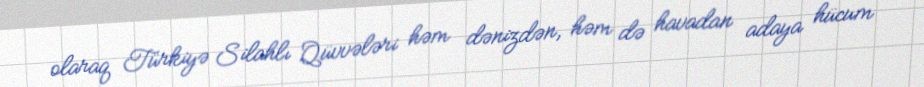
olaraq Türkiyə Silahlı Qüvvələri həm dənizdən, həm də havadan adaya hücum